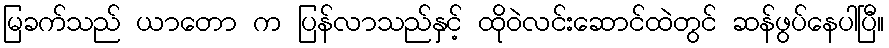
မြခက်သည် ယာတော က ပြန်လာသည်နှင့် ထိုဝဲလင်းဆောင်ထဲတွင် ဆန်ဖွပ်နေပါပြီ။